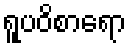
ရူပဝိစာရော